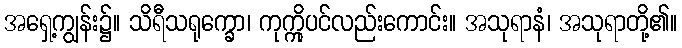
အရှေ့ကျွန်း၌။ သိရီသရုက္ခော၊ ကုက္ကိုပင်လည်းကောင်း။ အသုရာနံ၊ အသုရာတို့၏။